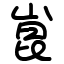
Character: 崑